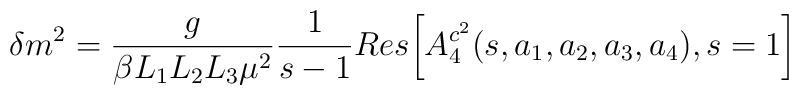
\delta m^{2}=\frac{g}{\beta L_{1}L_{2}L_{3}\mu^{2}}\frac{1}{s-1}Res\biggl[A^{c^{2}}_{4}(s,a_{1},a_{2},a_{3},a_{4}),s=1\biggr]